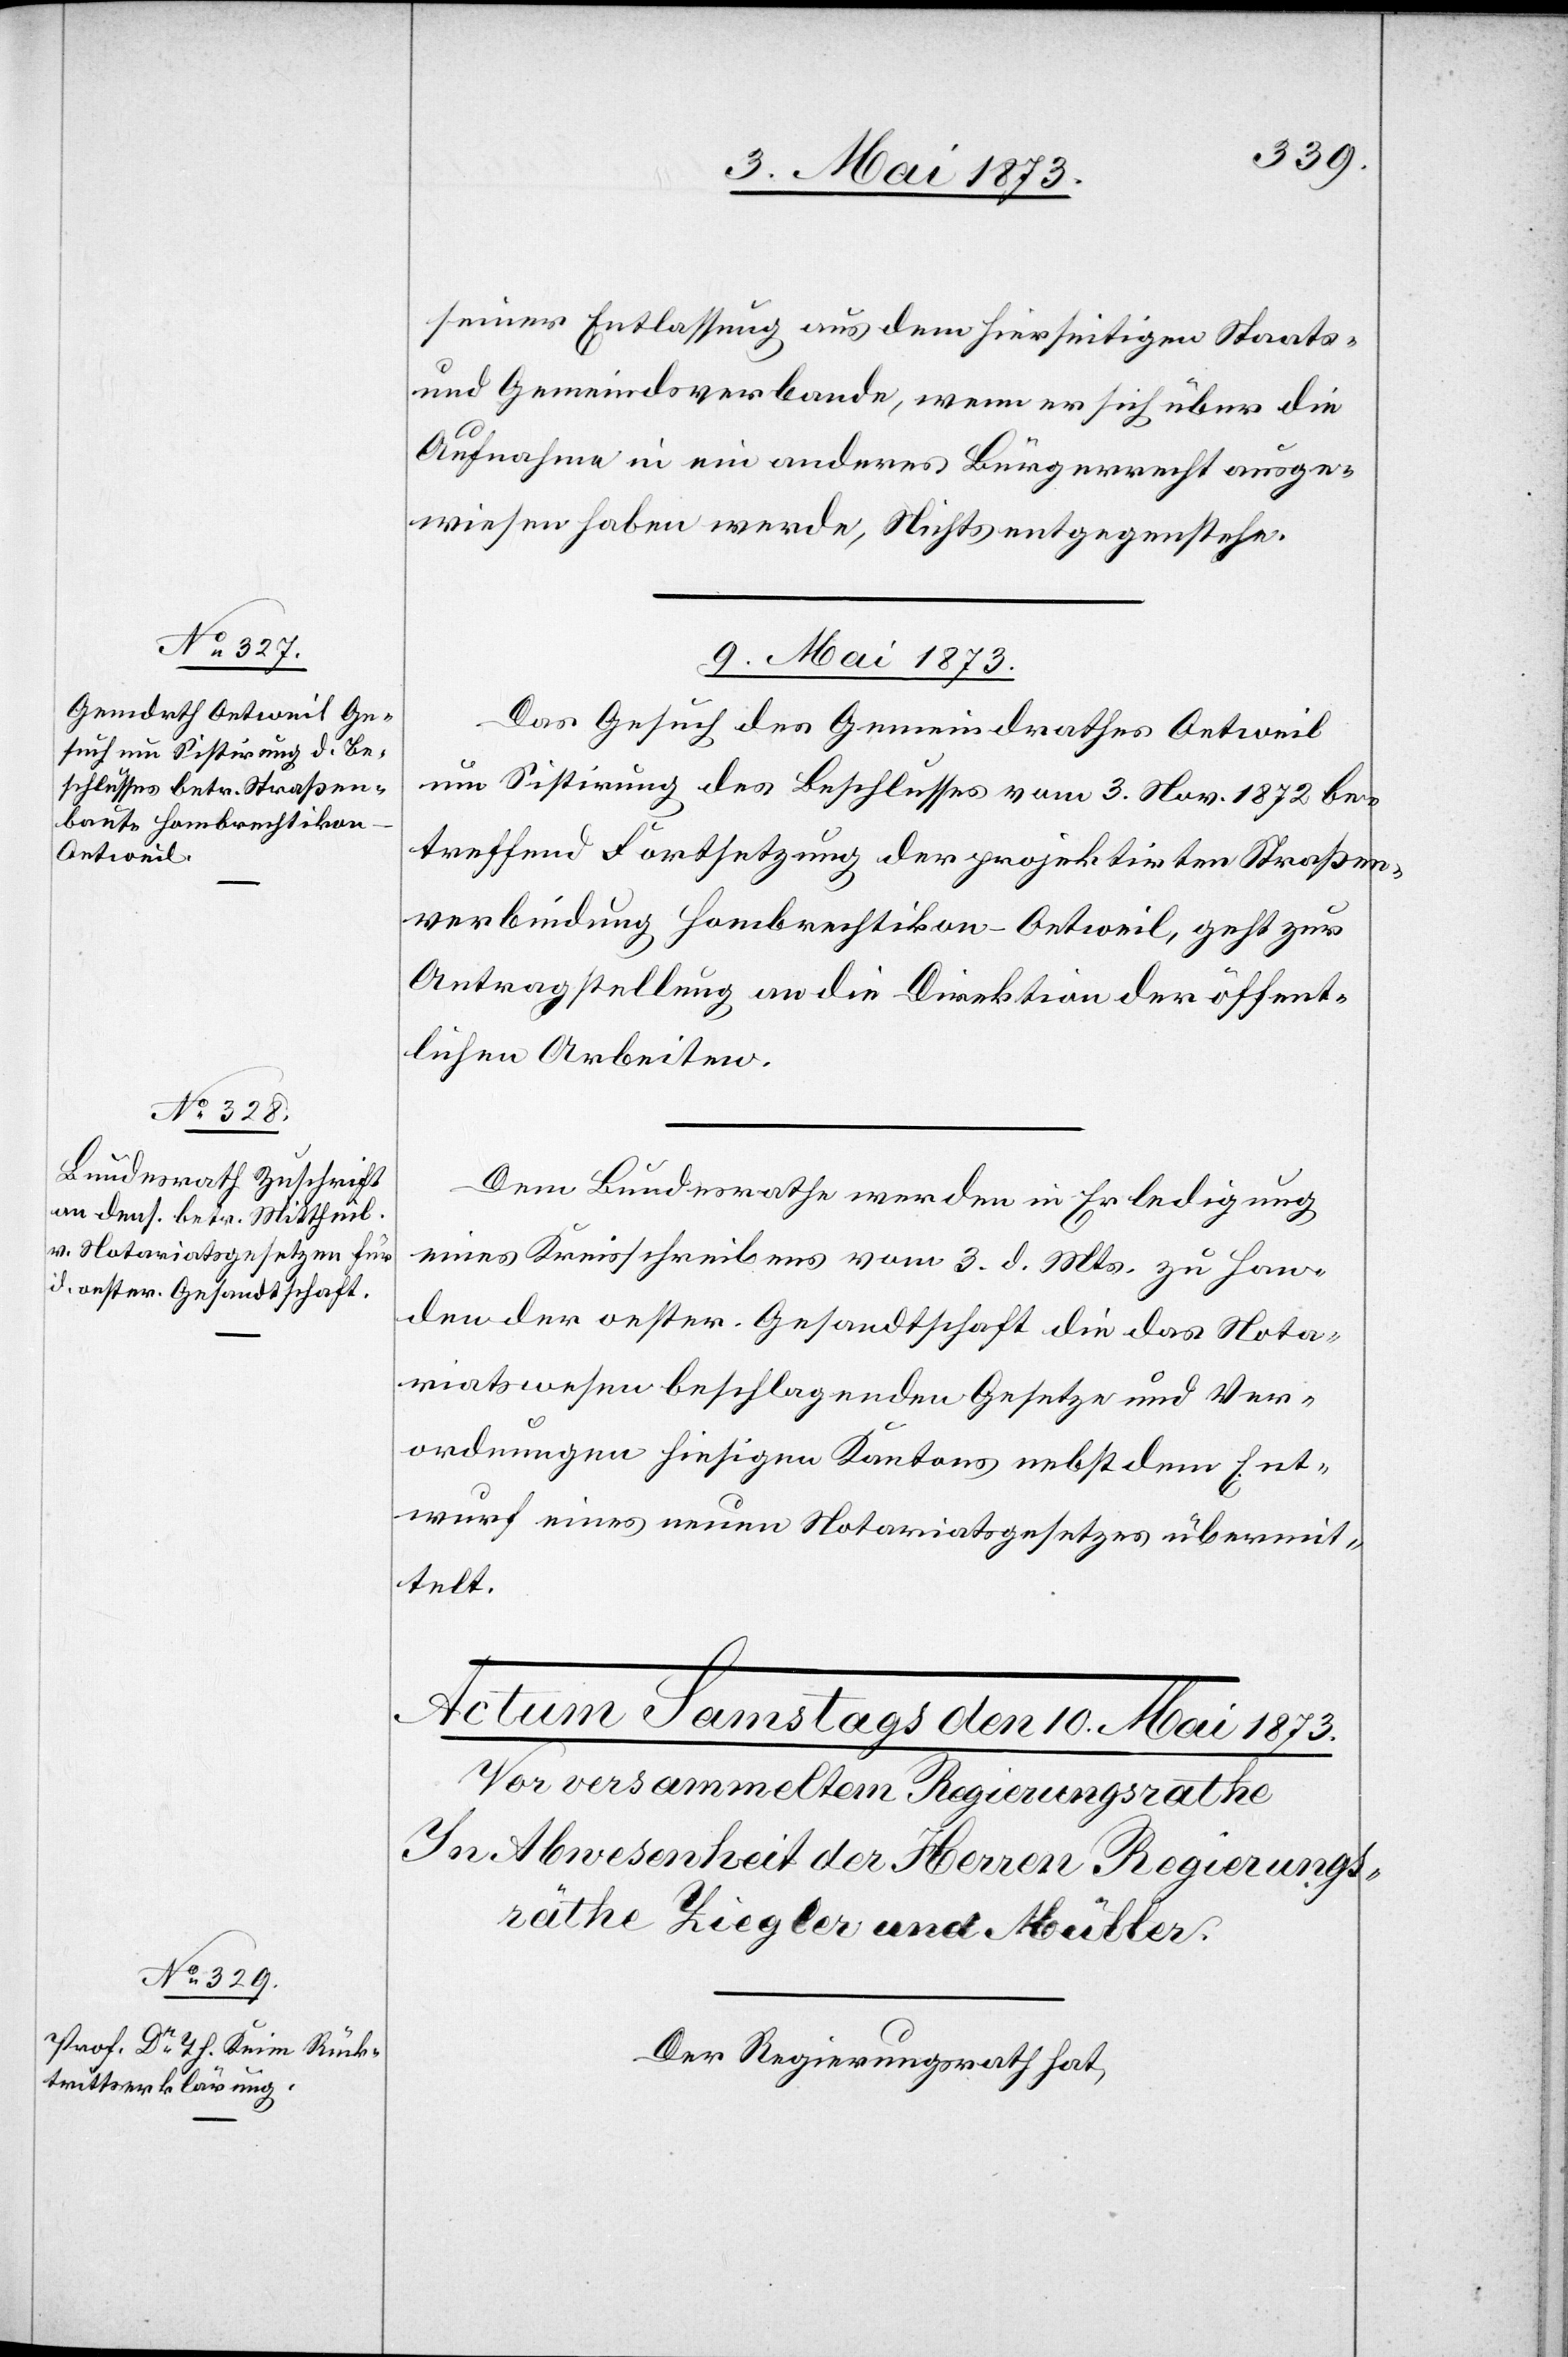
seiner Entlassung aus dem hierseitigen Staats-
und Gemeindsverbande, wenn er sich über die
Aufnahme in ein anderes Bürgerrecht ausge¬
wiesen haben werde, Nichts entgegenstehe.
9. Mai 1873.]
Das Gesuch des Gemeindrathes Oetweil
um Sistirung des Beschlusses vom 3. Nov. 1872 be¬
treffend Fortsetzung der projektirten Straßen¬
verbindung Hombrechtikon–Oetweil, geht zur
Antragstellung an die Direktion der öffent¬
lichen Arbeiten.
Dem Bundesrath werden in Erledigung
eines Kreisschreibens vom 3. d. Mts. zu Han¬
den der oester. Gesandtschaft die das Nota¬
riatswesen beschlagenden Gesetze und Ver¬
ordnungen hiesigen Kantons nebst dem Ent¬
wurf eines neuen Notariatsgesetzes übermit¬
telt.
Der Regierungsrath hat,